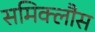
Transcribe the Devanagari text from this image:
समिक्लौस